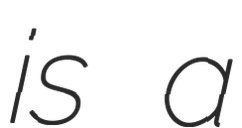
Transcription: is a